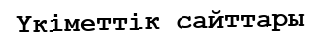
Үкіметтік сайттары